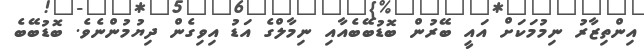
އިންތިޒާރު ނިމުމަކަށް އައީ ބޭރުން ބޮޑުބޭބެއާއި ނިމާލްގެ އަޑު އިވިގެން ދިޔުމުންނެވެ. ބޮޑުބޭބެ